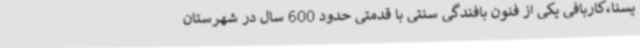
یسنا،کاربافی یکی از فنون بافندگی سنتی با قدمتی حدود 600 سال در شهرستان